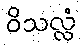
ဝိသလ္လံ